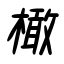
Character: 橄